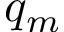
q _ { m }